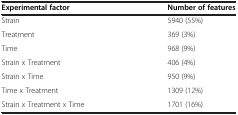
| Experimental factor | Number of features |
 | --- | --- |
 | Strain | 5940 (55%) |
 | Treatment | 369 (3%) |
 | Time | 968 (9%) |
 | Strain x Treatment | 406 (4%) |
 | Strain x Time | 950 (9%) |
 | Time x Treatment | 1309 (12%) |
 | Strain x Treatment x Time | 1701 (16%) |